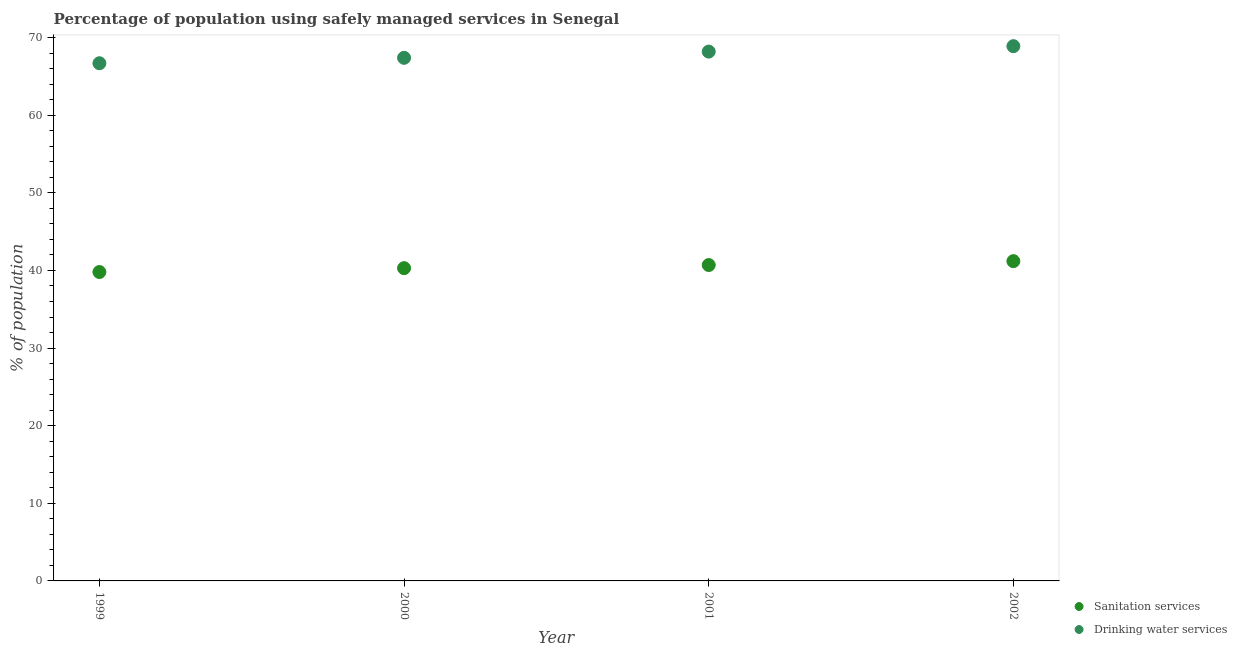
| Year | Sanitation services | Drinking water services |
 | --- | --- | --- |
 | 1999 | 39.8 | 66.7 |
 | 2000 | 40.3 | 67.4 |
 | 2001 | 40.7 | 68.2 |
 | 2002 | 41.2 | 68.9 |